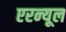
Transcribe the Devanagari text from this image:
एरन्‍यूल